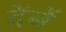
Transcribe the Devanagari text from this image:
देंनें